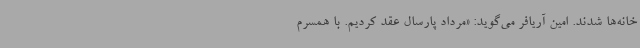
خانه‌ها شدند. امین آریافر می‌گوید: «مرداد پارسال عقد کردیم. با همسرم